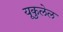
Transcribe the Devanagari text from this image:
यूकुलेल